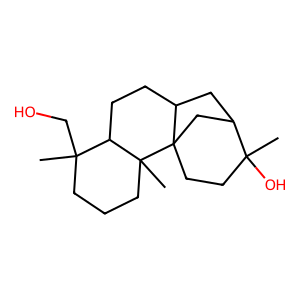
SMILES: CC1(O)CCC23CC1CC2CCC1C(C)(CO)CCCC13C
Inhibits HIV replication: No